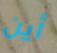
أين